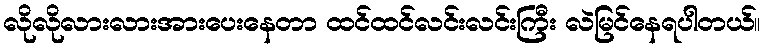
လိုလိုလားလားအားပေးနေတာ ထင်ထင်လင်းလင်းကြီး လဲမြင်နေရပါတယ်။